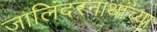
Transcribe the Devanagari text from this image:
जालिंदरनाथांच्या